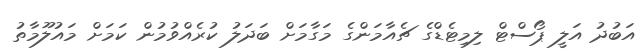
އަބުދު އަލީ ޕޯސްޓް ލިމިޓެޑްގެ ޗެއާމަންގެ މަގާމަށް ބަދަލު ކުރެއްވުމުން ކަމަށް މައުލޫމާތު